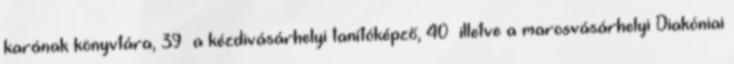
karának könyvtára, 39 a kézdivásárhelyi tanítóképző, 40 illetve a marosvásárhelyi Diakóniai